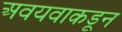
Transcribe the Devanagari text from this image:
अवयवाकडून